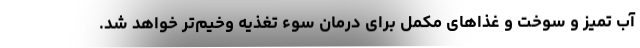
آب تمیز و سوخت و غذاهای مکمل برای درمان سوء تغذیه وخیم‌تر خواهد شد.